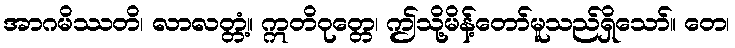
အာဂမိဿတိ၊ လာလတ္တံ့။ ဣတိဝုတ္တေ၊ ဤသို့မိန့်တော်မူသည်ရှိသော်။ တေ၊